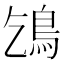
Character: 𩾥